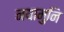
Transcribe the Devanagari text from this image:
नयामुनि